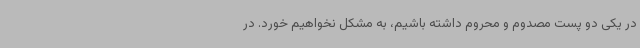
در یکی دو پست مصدوم و محروم داشته باشیم، به مشکل نخواهیم خورد. در